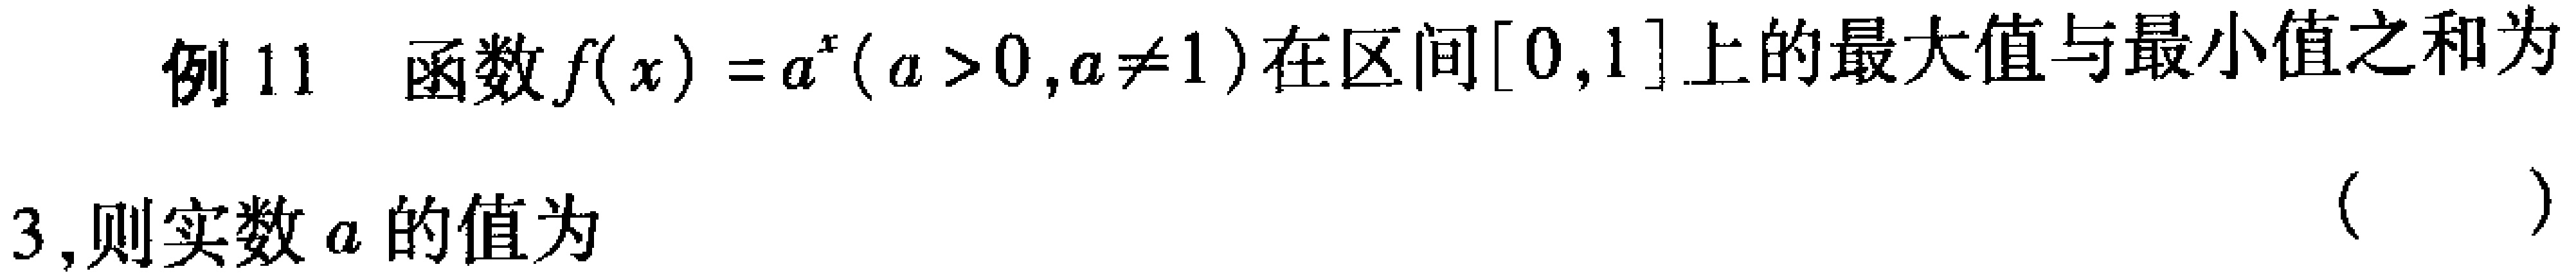
例11 函数\(f(x)=a^{x}(a > 0,a\neq1)\)在区间\([0,1]\)上的最大值与最小值之和为

\(3\)，则实数\(a\)的值为 （  ）